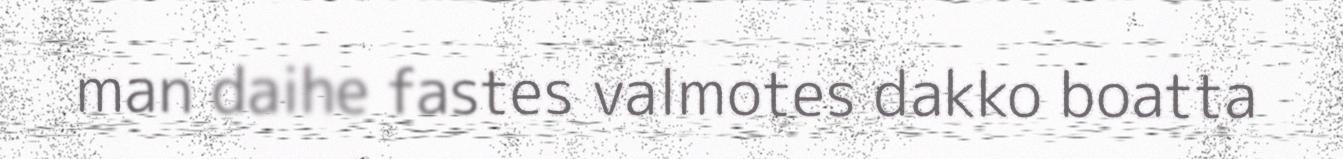
man daihe fastes valmotes dakko boatta